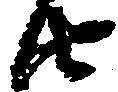
由